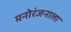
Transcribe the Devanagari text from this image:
मनोरंजनाला